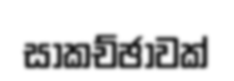
සාකච්ඡාවක්